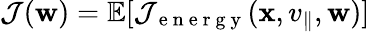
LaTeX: \mathcal{J}(\mathbf{w})=\mathbb{E}[\mathcal{J}_{\mathrm{~e~n~e~r~g~y~}}(\mathbf{x},v_{\parallel},\mathbf{w})]